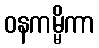
ဝနကမ္မိကာ